Report of the Bombay Veterinary College
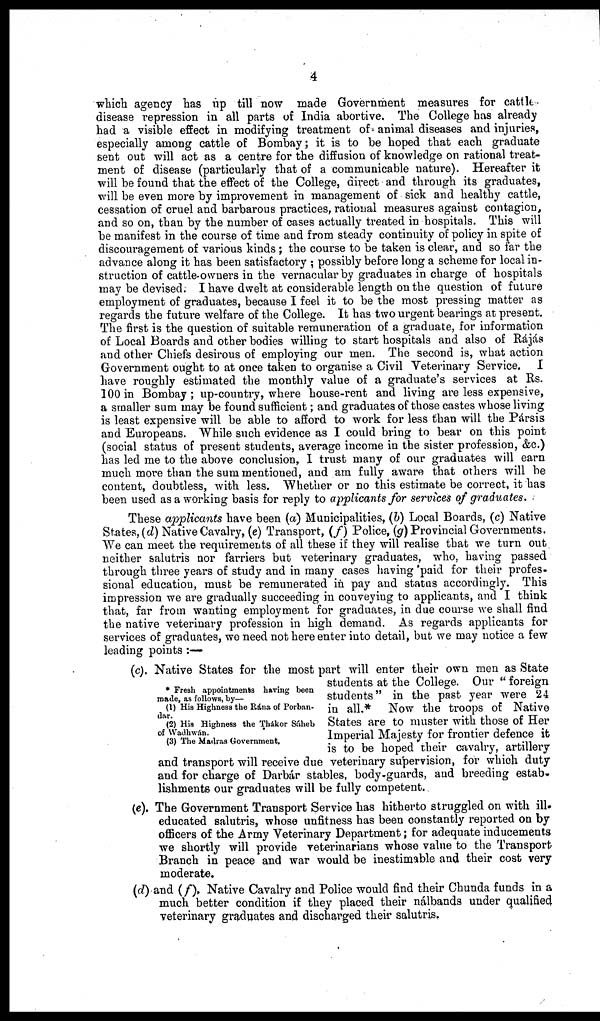
4
which agency has up till now made Government measures for cattle
disease repression in all parts of India abortive. The College has already
had a visible effect in modifying treatment of animal diseases and injuries,
especially among cattle of Bombay ; it is to be hoped that each graduate
sent out will act as a centre for the diffusion of knowledge on rational treat-
ment of disease (particularly that of a communicable nature). Hereafter it
will be found that the effect of the College, direct and through its graduates,
will be even more by improvement in management of sick and healthy cattle,
cessation of cruel and barbarous practices, rational measures against contagion,
and so on, than by the number of cases actually treated in hospitals. This will
be manifest in the course of time and from steady continuity of policy in spite of
discouragement of various kinds ; the course to be taken is clear, and so far the
advance along it has been satisfactory ; possibly before long a scheme for local in-
struction of cattle-owners in the vernacular by graduates in charge of hospitals
may be devised. I have dwelt at considerable length on the question of future
employment of graduates, because I feel it to be the most pressing matter as
regards the future welfare of the College. It has two urgent bearings at present.
The first is the question of suitable remuneration of a graduate, for information
of Local Boards and other bodies willing to start hospitals and also of Rájás
and other Chiefs desirous of employing our men. The second is, what action
Government ought to at once taken to organise a Civil Veterinary Service. I
have roughly estimated the monthly value of a graduate's services at Rs.
100 in Bombay ; up-country, where house-rent and living are less expensive,
a smaller sum may be found sufficient ; and graduates of those castes whose living
is least expensive will be able to afford to work for less than will the Pársis
and Europeans. While such evidence as I could bring to bear on this point
(social status of present students, average income in the sister profession, &c.)
has led me to the above conclusion, I trust many of our graduates will earn
much more than the sum mentioned, and am fully aware that others will be
content, doubtless, with less. Whether or no this estimate be correct, it has
been used as a working basis for reply to applicants for services of graduates.
These applicants have been (a) Municipalities, (b) Local Boards, (c) Native
States, (d) Native Cavalry, (e) Transport, (f) Police, (g) Provincial Governments.
We can meet the requirements of all these if they will realise that we turn out
neither salutris nor farriers but veterinary graduates, who, having passed
through three years of study and in many cases having 'paid for their profes-
sional education, must be remunerated in pay and status accordingly. This
impression we are gradually succeeding in conveying to applicants, and I think
that, far from wanting employment for graduates, in due course we shall find
the native veterinary profession in high demand. As regards applicants for
services of graduates, we need not here enter into detail, but we may notice a few
leading points :—
* Fresh appointments having been
made, as follows, by—
(1) His Highness the Rána of Porban-
dar.
(2) His Highness the Thákor Sáheb
of Wadhwán.
(3) The Madras Government,
(c). Native States for the most part will enter their own men as State
students at the College. Our " foreign
students" in the past year were 24
in all.* Now the troops of Native
States are to muster with those of Her
Imperial Majesty for frontier defence it
is to be hoped their cavalry, artillery
and transport will receive due veterinary supervision, for which duty
and for charge of Darbár stables, body-guards, and breeding estab¬
lishments our graduates will be fully competent.
(e). The Government Transport Service has hitherto struggled on with ill-
educated salutris, whose unfitness has been constantly reported on by
officers of the Army Veterinary Department; for adequate inducements
we shortly will provide veterinarians whose value to the Transport
Branch in peace and war would be inestimable and their cost very
moderate.
(d) and (f). Native Cavalry and Police would find their Chunda funds in a
much better condition if they placed their nálbands under qualified
veterinary graduates and discharged their salutris.